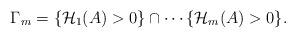
LaTeX: \begin{align*} \begin{aligned} {\Gamma}_m=\{ \mathcal{H}_1(A)>0\}\cap \cdots \{\mathcal{H}_m(A)>0\}. \end{aligned} \end{align*}